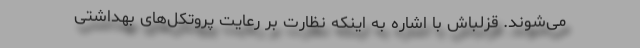
می‌شوند. قزلباش با اشاره به اینکه نظارت بر رعایت پروتکل‌های بهداشتی